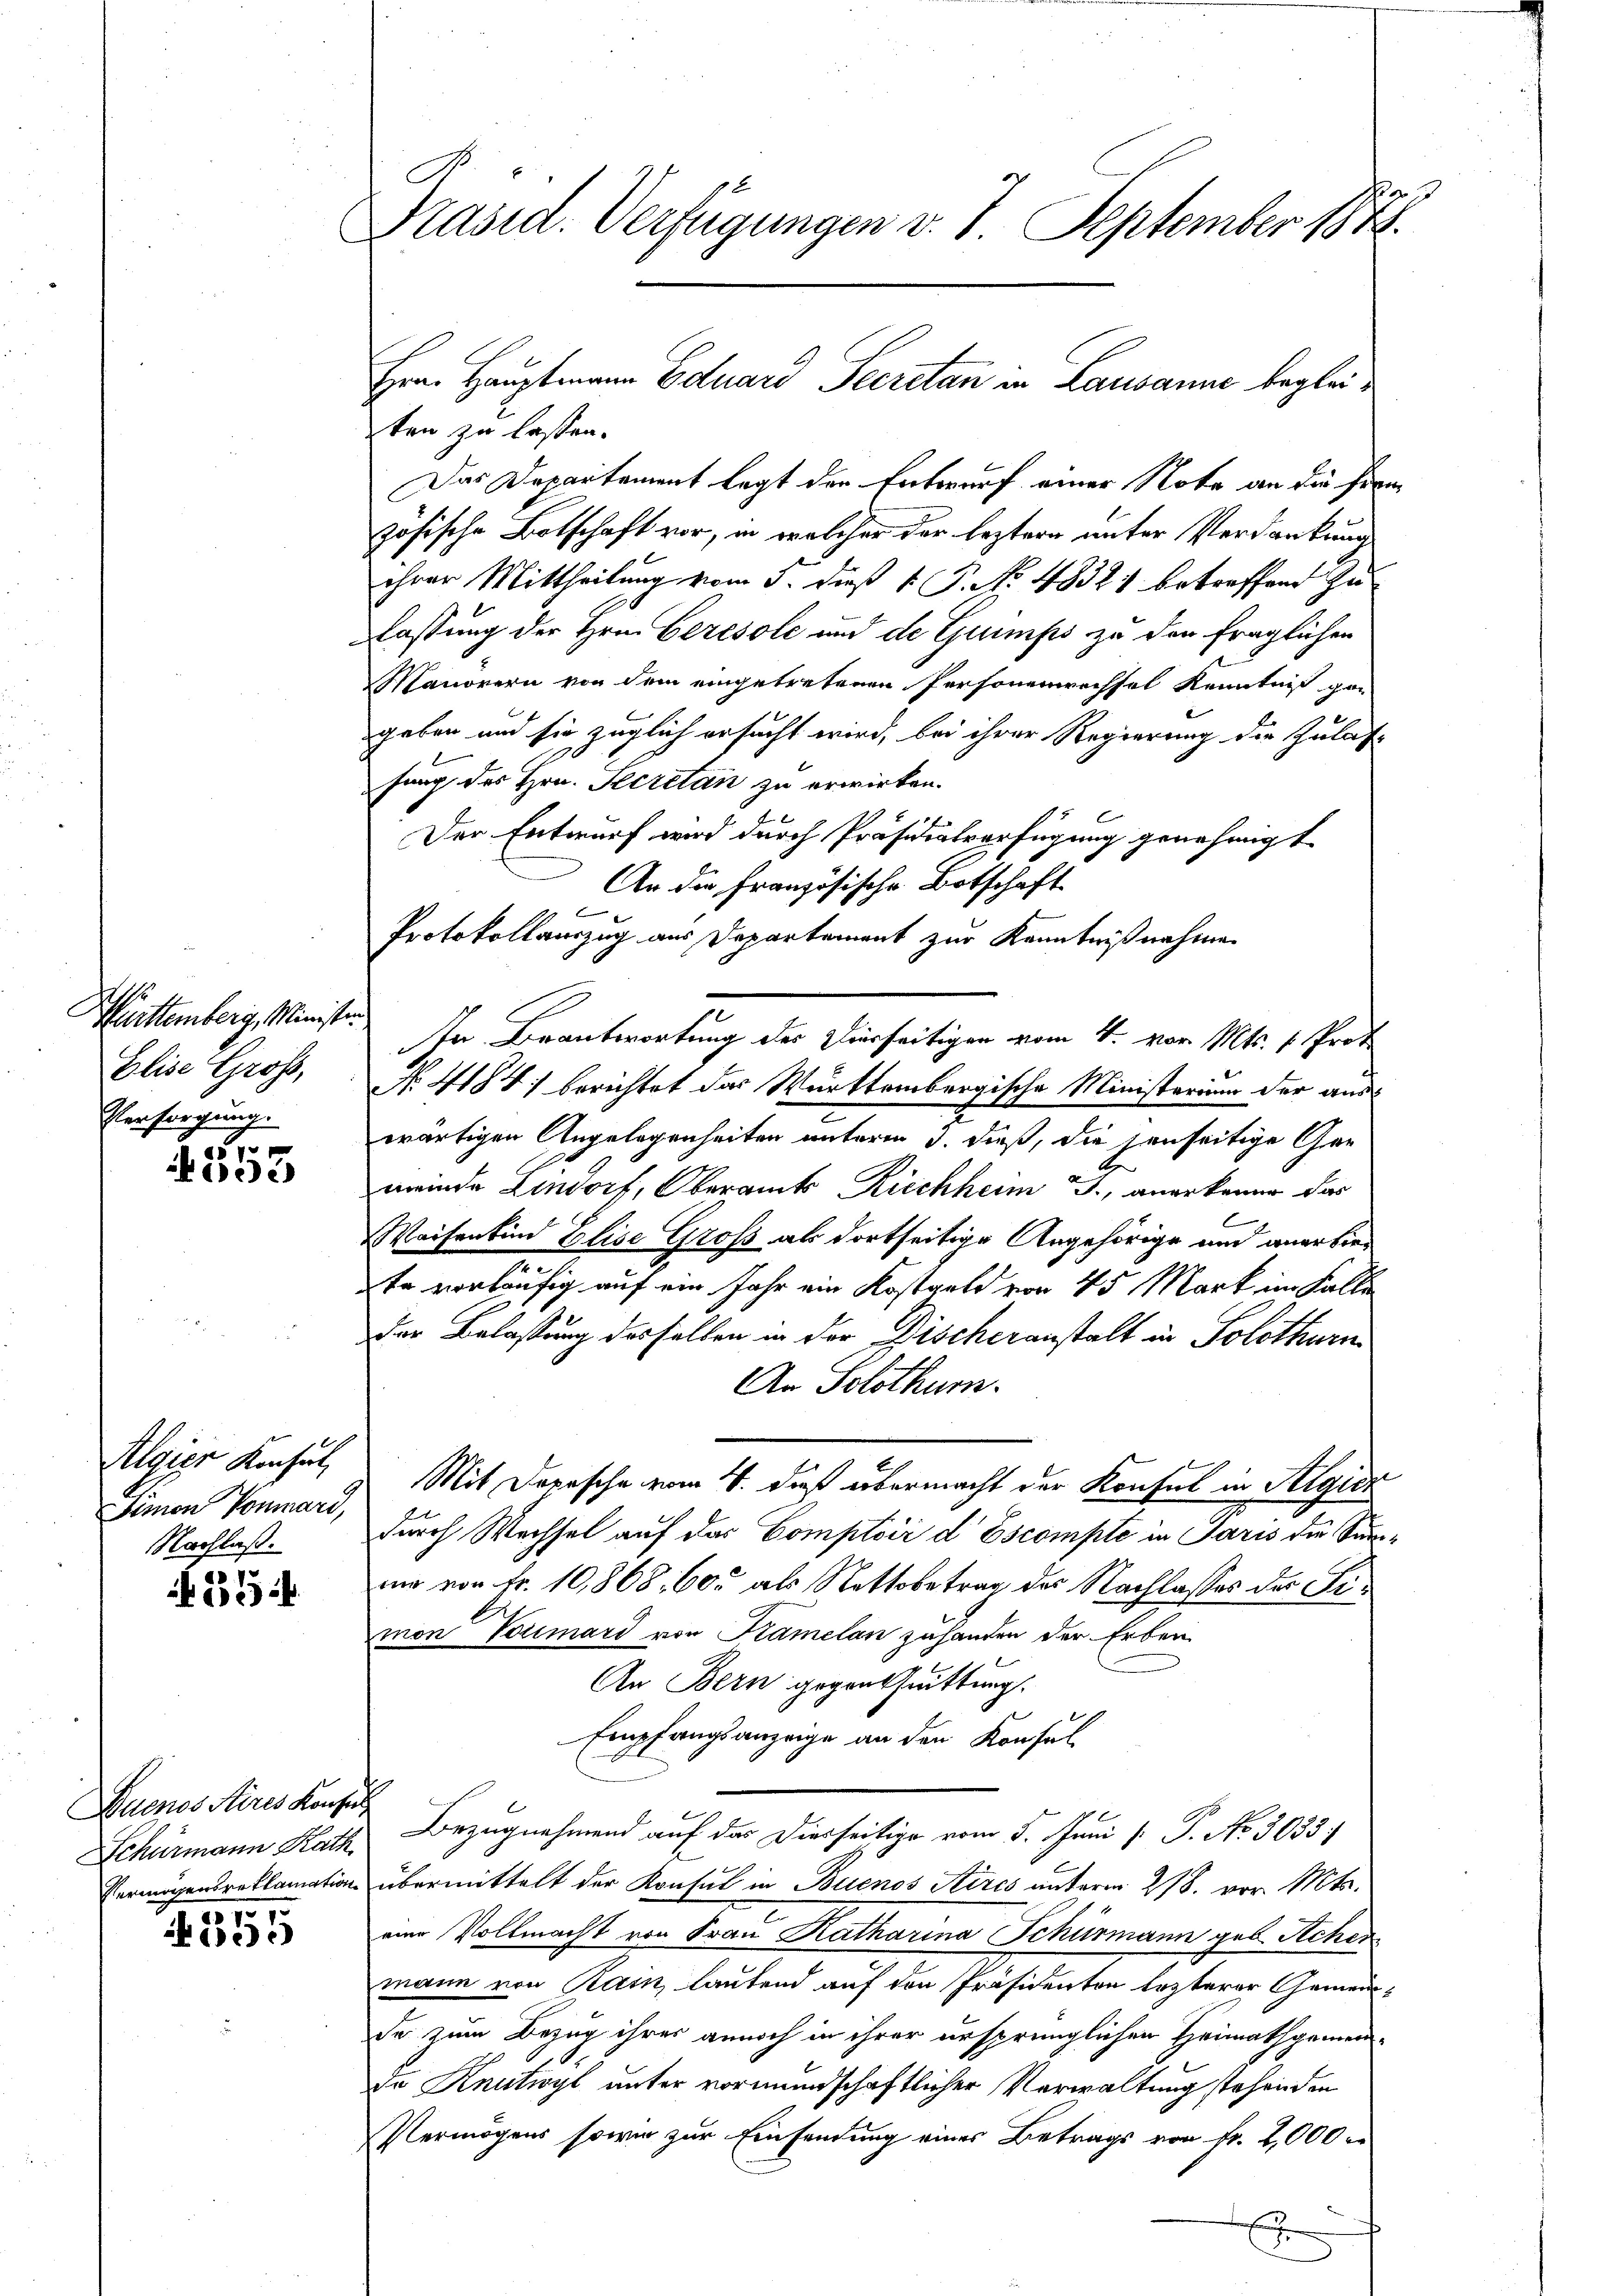
Miittemberg, Minister
Elise Gross,
Versorgung.

2
ec

Algier Konsul,
Simon Pommari,
Nachlaß.

V.
)4

Duenos Aires Konsul

751.
i

C
her
Präsid. Verfügungen v. 7. September 184

ten zu lassen.
Das Departement legt den Entwurf einer Note an die Frem
zösische Botschaft vor, in welcher der leztern unter Verdankung
ihrer Mittheilung vom 5. dieß P. P. No 48321 betreffend zu
lassung der Hrn. Ceresole und de Grumps zu den fraglichen
Manorern von dem eingetretenen Personenrechsel Kenntniß gan
geben und sie züglich ersucht wird, bei ihrer Regierung die Zulas-
sung des Hrn. Secretan zu erwirken.
Der Entwurf wird durch Präsidialverfügung genehmigt
An die Französische Botschaft
Protokollauszug aus Departement zur Kenntnißnahme
In Beantwortung des hierseitigen vom 4. vor. Mts. v. Prot
No 4184) berichtet das Württembergische Ministerium der auswärtigen Angelegenheiten unterm 3. dieß, die senseitige Ge¬
2
meinde Lindorf, Oberamts Riechheim J., angekommer das
Waisenkind Elise Groß als dortseitige Angehörige und anerbie¬
7.
tr vorläufig auf ein Jahr ein Kostgeld von 45 Mark im Fallen
der Belassung des selben in der Discheranstalt in Solothurn
An Solothurn.
Mit Depesche vom 4. daß übermacht der Konsul in Stigier
durch Wechsel auf das Comptoir d Escompte in Paris die Sumni von Fr. 10,868, 600 als Nettobetrag des Nachlasses der Fimon Volmard von Kamelan zuhanden der Erben
An Bern gegentuittung.
Empfangsanzeige an den Konsul
Schürmann Rath Bezugnahmend auf das Diesseitige vom 5. Juni /: P. No. 3033
Vermögensreklamation übermittelt der Konsul in Buenos Aires unterm 28. vor. Mts.
eine Vollmacht von Frau Katharina Schurmann geb. Acher
mann von Rain, lautend auf den Präsidenten lezterer Gemeinde zum Bezug ihres annoch in ihrer ursprünglichen Heimathgemein¬
Ia Knutwyl unter vormundschaftlicher Verwaltung stehenden
Vermögens sowie zur Einsendung eines Betrags von Fr. 2,000
E

Hrn. Hauptmann Eduard Secretan in Lausanne beglei¬

d